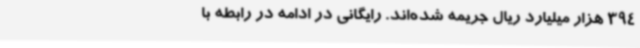
394 هزار میلیارد ریال جریمه شده‌اند. رایگانی در ادامه در رابطه با